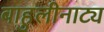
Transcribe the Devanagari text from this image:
बाहुलीनाट्य